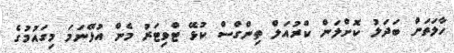
ހާލަތަށް ބަދަލު ކޮށްލަން ކްރުއަލް ތިންގްސް ކުޅޭ ޓްވިޓަރު މެން އުޅޭނަމަ މިގައުމުގެ